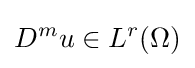
D^{m}u\in L^{r}(\Omega )